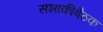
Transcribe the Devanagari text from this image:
सभाकीबैठक